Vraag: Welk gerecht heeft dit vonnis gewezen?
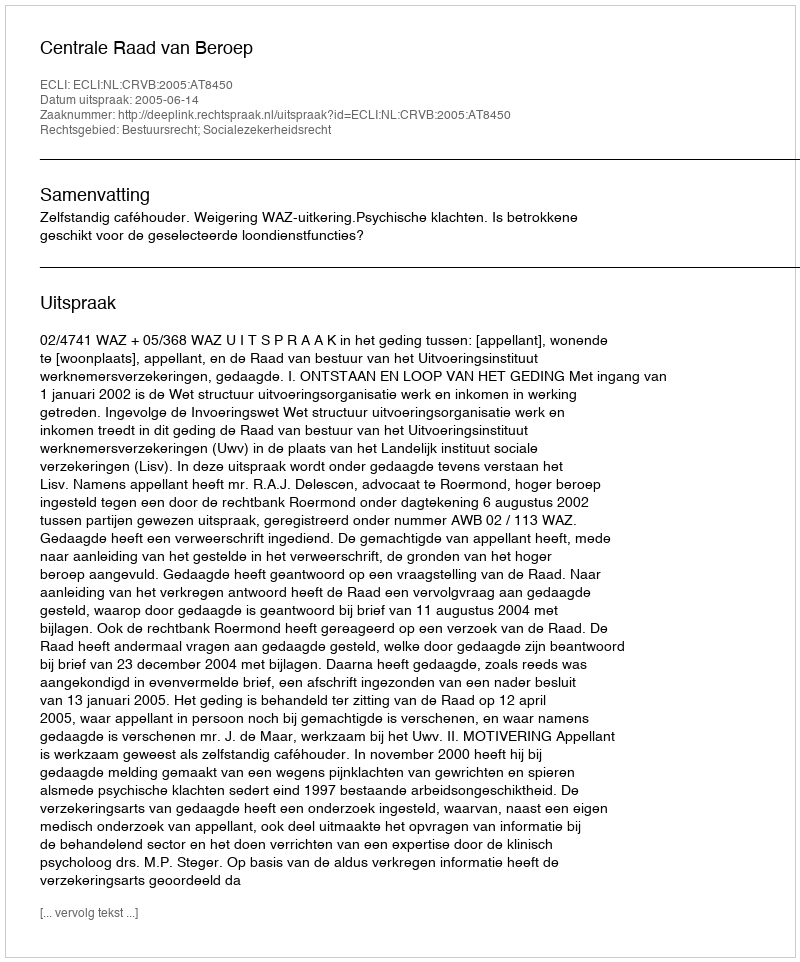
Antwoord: Centrale Raad van Beroep